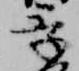
季